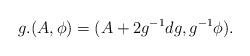
LaTeX: \begin{align*}g.(A,\phi)=(A+2g^{-1}dg,g^{-1}\phi).\end{align*}